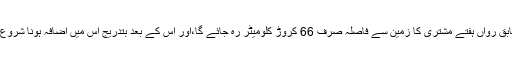
ناسا کے مطابق رواں ہفتے مشتری کا زمین سے فاصلہ صرف 66 کروڑ کلومیٹر رہ جائے گا،اور اس کے بعد بتدریج اس میں اضافہ ہونا شروع ہو جائے گا۔